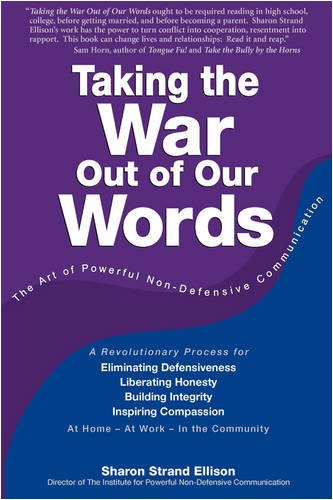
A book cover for Taking the War Out of Our Words; Sharon Strand Ellison; Parenting & Relationships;